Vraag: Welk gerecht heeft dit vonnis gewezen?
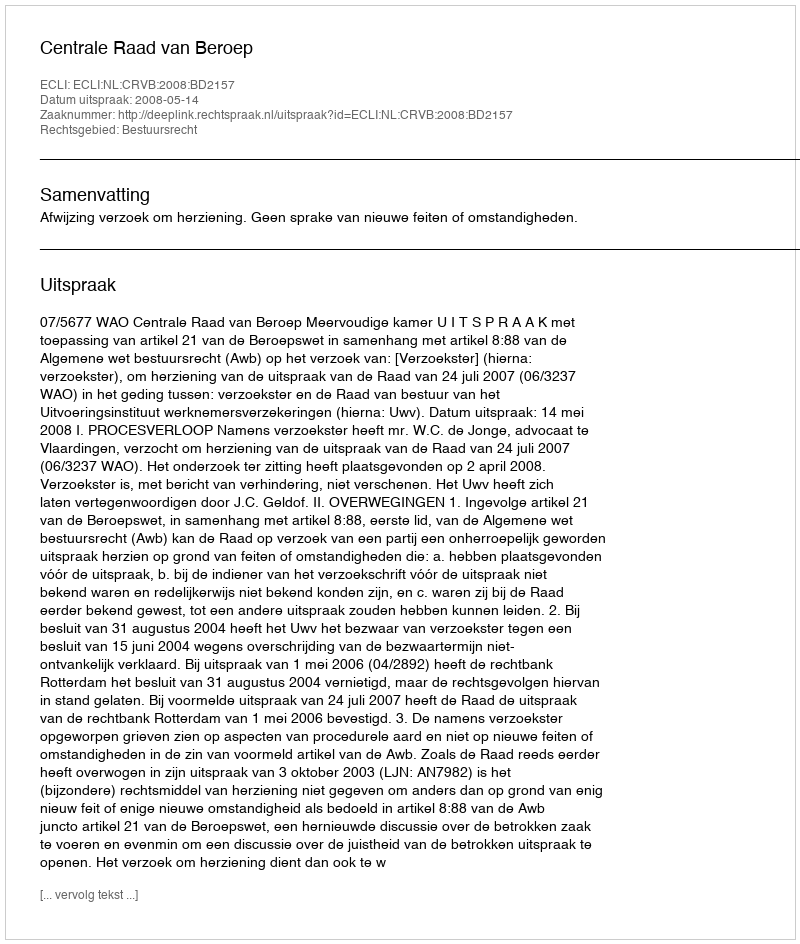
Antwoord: Centrale Raad van Beroep